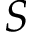
S